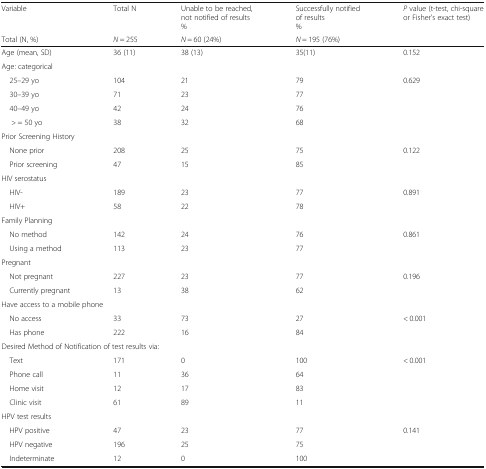
<table><thead><tr><td><b>Variable</b></td><td><b>Total N</b></td><td><b>Unable to be reached, not notified of results%</b></td><td><b>Successfully notified of results%</b></td><td><b><i>P</i> value (t-test, chi-square or Fisher’s exact test)</b></td></tr><tr><td><b>Total (N, %)</b></td><td><b><i>N</i> = 255</b></td><td><b><i>N</i> = 60 (24%)</b></td><td><b><i>N</i> = 195 (76%)</b></td><td></td></tr></thead><tbody><tr><td>Age (mean, SD)</td><td>36 (11)</td><td>38 (13)</td><td>35(11)</td><td>0.152</td></tr><tr><td colspan="5">Age: categorical</td></tr><tr><td> 25–29 yo</td><td>104</td><td>21</td><td>79</td><td rowspan="4">0.629</td></tr><tr><td> 30–39 yo</td><td>71</td><td>23</td><td>77</td></tr><tr><td> 40–49 yo</td><td>42</td><td>24</td><td>76</td></tr><tr><td>&gt; = 50 yo</td><td>38</td><td>32</td><td>68</td></tr><tr><td colspan="5">Prior Screening History</td></tr><tr><td> None prior</td><td>208</td><td>25</td><td>75</td><td rowspan="2">0.122</td></tr><tr><td> Prior screening</td><td>47</td><td>15</td><td>85</td></tr><tr><td colspan="5">HIV serostatus</td></tr><tr><td> HIV-</td><td>189</td><td>23</td><td>77</td><td rowspan="2">0.891</td></tr><tr><td> HIV+</td><td>58</td><td>22</td><td>78</td></tr><tr><td colspan="5">Family Planning</td></tr><tr><td> No method</td><td>142</td><td>24</td><td>76</td><td rowspan="2">0.861</td></tr><tr><td> Using a method</td><td>113</td><td>23</td><td>77</td></tr><tr><td colspan="5">Pregnant</td></tr><tr><td> Not pregnant</td><td>227</td><td>23</td><td>77</td><td rowspan="2">0.196</td></tr><tr><td> Currently pregnant</td><td>13</td><td>38</td><td>62</td></tr><tr><td colspan="5">Have access to a mobile phone</td></tr><tr><td> No access</td><td>33</td><td>73</td><td>27</td><td rowspan="2">&lt; 0.001</td></tr><tr><td> Has phone</td><td>222</td><td>16</td><td>84</td></tr><tr><td colspan="5">Desired Method of Notification of test results via:</td></tr><tr><td> Text</td><td>171</td><td>0</td><td>100</td><td rowspan="4">&lt; 0.001</td></tr><tr><td> Phone call</td><td>11</td><td>36</td><td>64</td></tr><tr><td> Home visit</td><td>12</td><td>17</td><td>83</td></tr><tr><td> Clinic visit</td><td>61</td><td>89</td><td>11</td></tr><tr><td colspan="5">HPV test results</td></tr><tr><td> HPV positive</td><td>47</td><td>23</td><td>77</td><td rowspan="3">0.141</td></tr><tr><td> HPV negative</td><td>196</td><td>25</td><td>75</td></tr><tr><td> Indeterminate</td><td>12</td><td>0</td><td>100</td></tr></tbody></table>